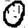
Digit: 0